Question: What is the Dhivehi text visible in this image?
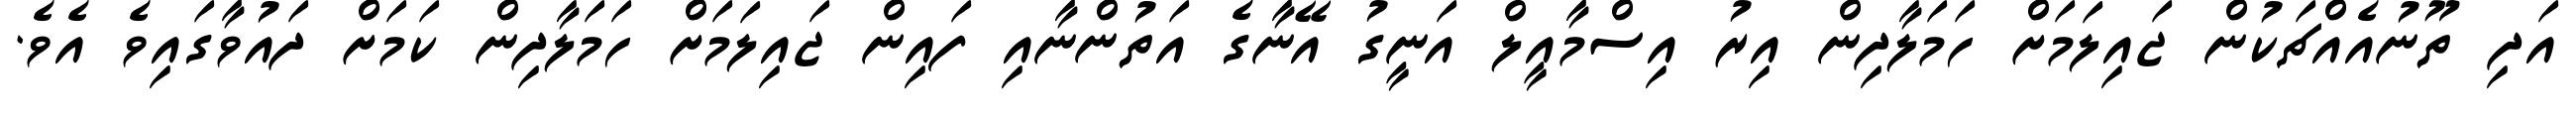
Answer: އަދި ތޫނުއެއްޗަކުން ޖައިލަމަށް ހަމަލާދިން އިރު އިސްމާއީލް އަނީގު އޭނާގެ އަތުންނާއި ފައިން ޖައިލަމަށް ހަމަލާދިން ކަމަށް ދައުވާގައިވެ އެވެ.